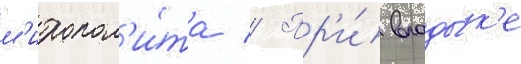
м'итропол'и́та // Пр'и́ влады́к'е